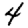
Digit: 4